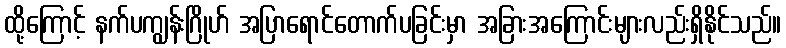
ထို့ကြောင့် နက်ပကျွန်းဂြိုဟ် အပြာရောင်တောက်ပခြင်းမှာ အခြားအကြောင်းများလည်းရှိနိုင်သည်။